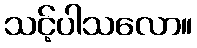
သင့်ပါသလော။